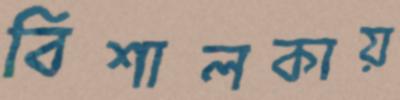
বিশালকায়